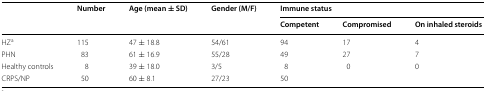
<table><thead><tr><td rowspan="2"></td><td rowspan="2"><b>Number</b></td><td rowspan="2"><b>Age (mean ± SD)</b></td><td rowspan="2"><b>Gender (M/F)</b></td><td colspan="3"><b>Immune status</b></td></tr><tr><td><b>Competent</b></td><td><b>Compromised</b></td><td><b>On inhaled steroids</b></td></tr></thead><tbody><tr><td>HZ<sup>a</sup></td><td>115</td><td>47 ± 18.8</td><td>54/61</td><td>94</td><td>17</td><td>4</td></tr><tr><td>PHN</td><td>83</td><td>61 ± 16.9</td><td>55/28</td><td>49</td><td>27</td><td>7</td></tr><tr><td>Healthy controls</td><td>8</td><td>39 ± 18.0</td><td>3/5</td><td>8</td><td>0</td><td>0</td></tr><tr><td>CRPS/NP</td><td>50</td><td>60 ± 8.1</td><td>27/23</td><td>50</td><td></td><td></td></tr></tbody></table>